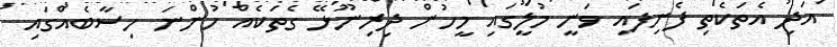
އަދި އެތަކެތި ފެނިފައި ވަނީ މުލީގައި މީހުން ދިރިނޫޅޭ ގެތަކެއް ހުންނަ ހިސާބެއްގައި